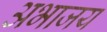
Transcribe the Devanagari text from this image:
अभाजय